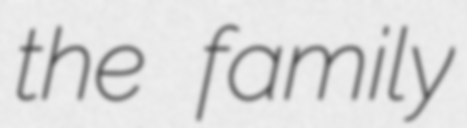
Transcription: the family